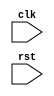
module multirate_timer(
    input wire clk,
    input wire rst,
    
    // Add input/output ports for different clock frequencies
    
    // Timing control blocks
    
    // Synchronization blocks
    
    // Logic to manage timing relations
    
    // Additional logic for data handoff between clock domains
    
    // Any other required logic
);
    // Add Verilog code for the multirate timer design here
    
endmodule